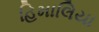
હિમાલિયા